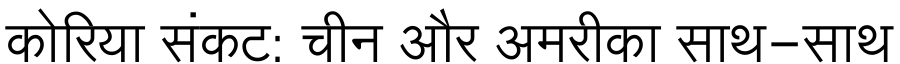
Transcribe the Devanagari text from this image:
कोरिया संकट: चीन और अमरीका साथ-साथ